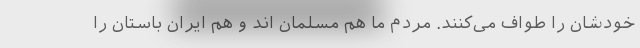
خودشان را طواف می‌کنند. مردم ما هم مسلمان اند و هم ایران باستان را